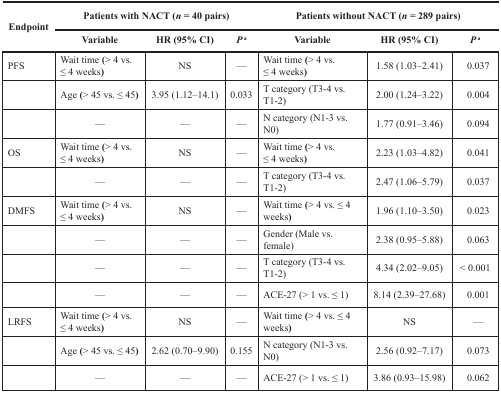
<table><thead><tr><td rowspan="2"><b>Endpoint</b></td><td colspan="3"><b>Patients with NACT (<i>n</i> = 40 pairs)</b></td><td colspan="3"><b>Patients without NACT (<i>n</i> = 289 pairs)</b></td></tr><tr><td><b>Variable</b></td><td><b>HR (95% CI)</b></td><td><b><i>P</i><sup>a</sup></b></td><td><b>Variable</b></td><td><b>HR (95% CI)</b></td><td><b><i>P</i><sup>a</sup></b></td></tr></thead><tbody><tr><td>PFS</td><td>Wait time (&gt; 4 vs. ≤ 4 weeks)</td><td>NS</td><td>—</td><td>Wait time (&gt; 4 vs. ≤ 4 weeks)</td><td>1.58 (1.03–2.41)</td><td>0.037</td></tr><tr><td></td><td>Age (&gt; 45 vs. ≤ 45)</td><td>3.95 (1.12–14.1)</td><td>0.033</td><td>T category (T3-4 vs. T1-2)</td><td>2.00 (1.24–3.22)</td><td>0.004</td></tr><tr><td></td><td>—</td><td>—</td><td>—</td><td>N category (N1-3 vs. N0)</td><td>1.77 (0.91–3.46)</td><td>0.094</td></tr><tr><td>OS</td><td>Wait time (&gt; 4 vs. ≤ 4 weeks)</td><td>NS</td><td>—</td><td>Wait time (&gt; 4 vs. ≤ 4 weeks)</td><td>2.23 (1.03–4.82)</td><td>0.041</td></tr><tr><td></td><td>—</td><td>—</td><td>—</td><td>T category (T3-4 vs. T1-2)</td><td>2.47 (1.06–5.79)</td><td>0.037</td></tr><tr><td>DMFS</td><td>Wait time (&gt; 4 vs. ≤ 4 weeks)</td><td>NS</td><td>—</td><td>Wait time (&gt; 4 vs. ≤ 4 weeks)</td><td>1.96 (1.10–3.50)</td><td>0.023</td></tr><tr><td></td><td>—</td><td>—</td><td>—</td><td>Gender (Male vs. female)</td><td>2.38 (0.95–5.88)</td><td>0.063</td></tr><tr><td></td><td>—</td><td>—</td><td>—</td><td>T category (T3-4 vs. T1-2)</td><td>4.34 (2.02–9.05)</td><td>&lt; 0.001</td></tr><tr><td></td><td>—</td><td>—</td><td>—</td><td>ACE-27 (&gt; 1 vs. ≤ 1)</td><td>8.14 (2.39–27.68)</td><td>0.001</td></tr><tr><td>LRFS</td><td>Wait time (&gt; 4 vs. ≤ 4 weeks)</td><td>NS</td><td>—</td><td>Wait time (&gt; 4 vs. ≤ 4 weeks)</td><td>NS</td><td>—</td></tr><tr><td></td><td>Age (&gt; 45 vs. ≤ 45)</td><td>2.62 (0.70–9.90)</td><td>0.155</td><td>N category (N1-3 vs. N0)</td><td>2.56 (0.92–7.17)</td><td>0.073</td></tr><tr><td></td><td>—</td><td>—</td><td>—</td><td>ACE-27 (&gt; 1 vs. ≤ 1)</td><td>3.86 (0.93–15.98)</td><td>0.062</td></tr></tbody></table>